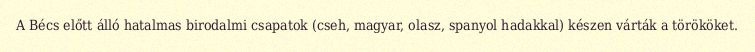
A Bécs előtt álló hatalmas birodalmi csapatok (cseh, magyar, olasz, spanyol hadakkal) készen várták a törököket.